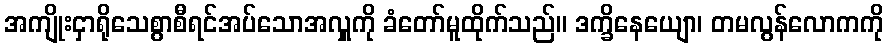
အကျိုးငှာရိုသေစွာစီရင်အပ်သောအလှူကို ခံတော်မူထိုက်သည်။ ဒက္ခိနေယျော၊ တမလွန်လောကကို